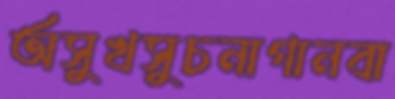
অসুখসুচনাগানবা